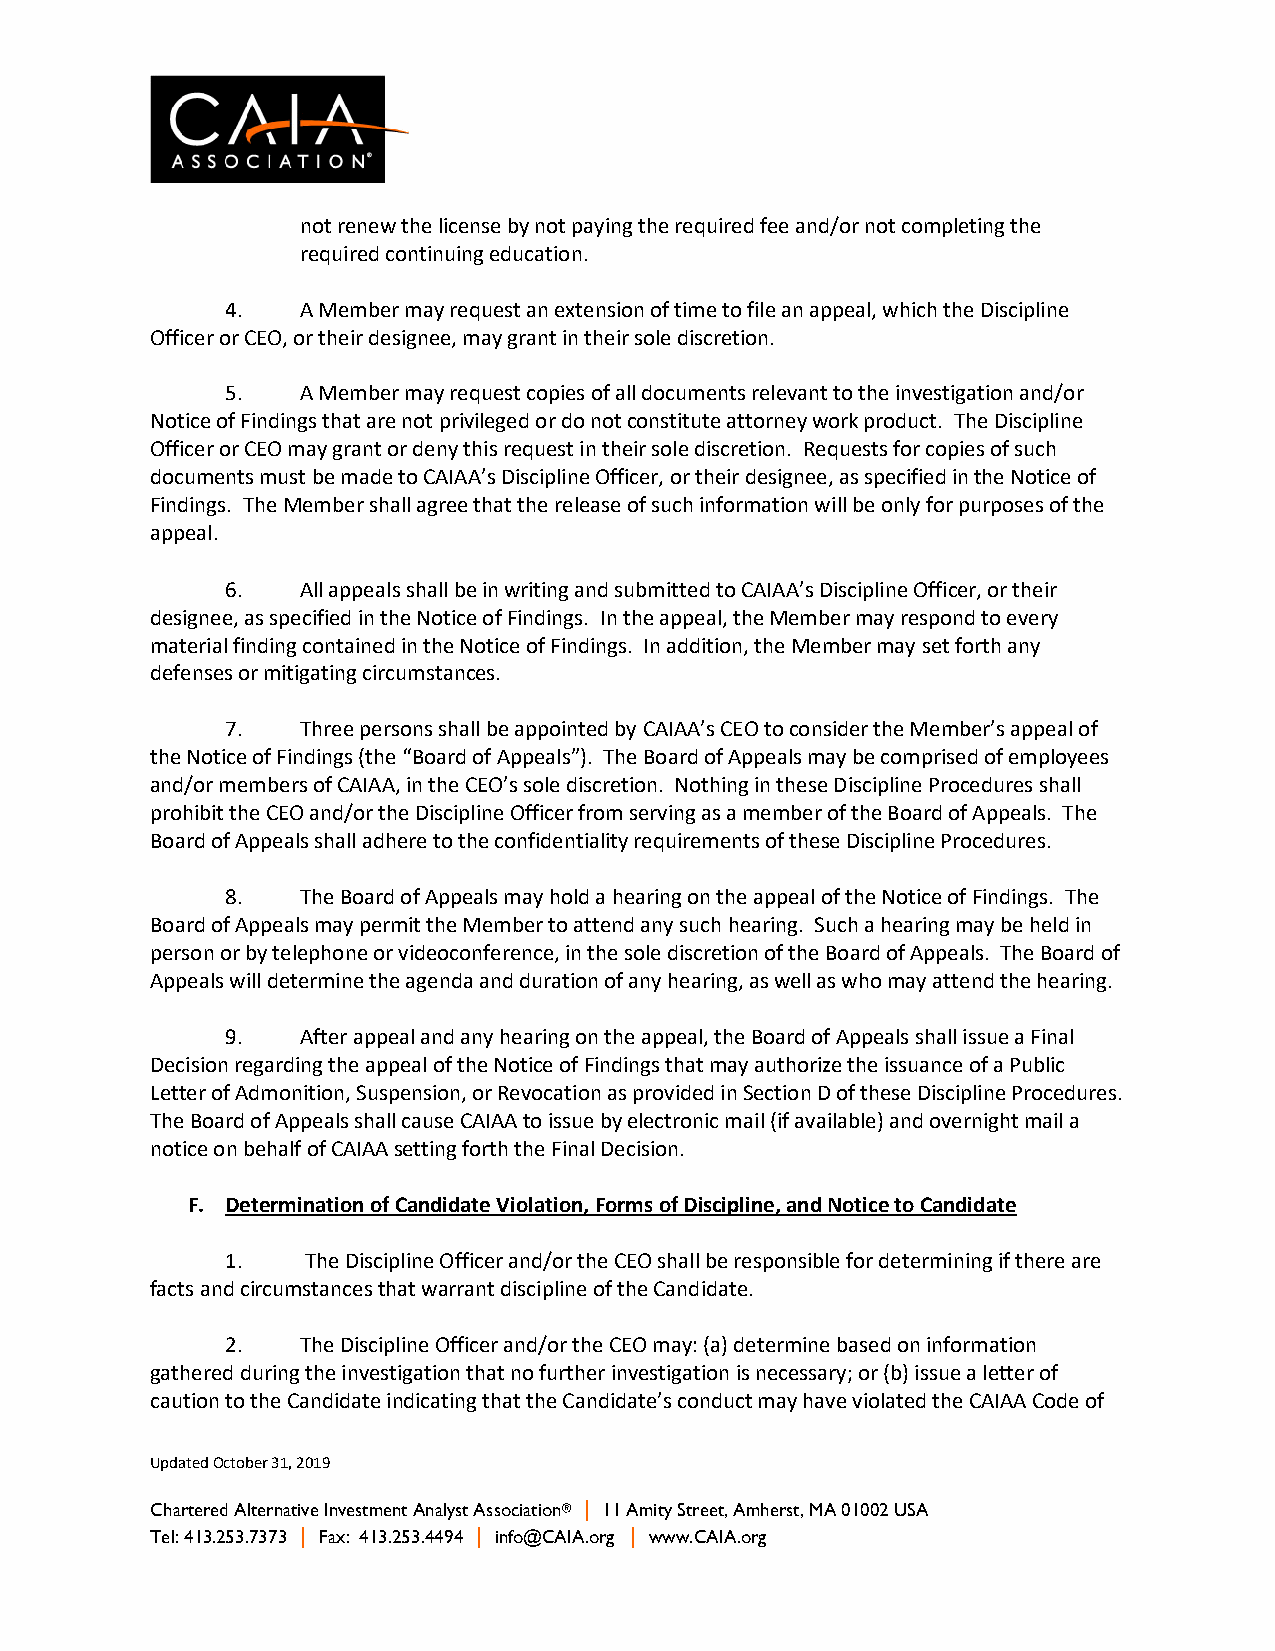
not renew the license by not paying the required fee and/or not completing the
 required continuing education.
 4.   A Member may request an extension of time to file an appeal, which the Discipline
 Officer or CEO, or their designee, may grant in their sole discretion.
 5.   A Member may request copies of all documents relevant to the investigation and/or
 Notice of Findings that are not privileged or do not constitute attorney work product. The Discipline
 Officer or CEO may grant or deny this request in their sole discretion. Requests for copies of such
 documents must be made to CAIAA’s Discipline Officer, or their designee, as specified in the Notice of
 Findings. The Member shall agree that the release of such information will be only for purposes of the
 appeal.
 6.   All appeals shall be in writing and submitted to CAIAA’s Discipline Officer, or their
 designee, as specified in the Notice of Findings. In the appeal, the Member may respond to every
 material finding contained in the Notice of Findings. In addition, the Member may set forth any
 defenses or mitigating circumstances.
 7.   Three persons shall be appointed by CAIAA’s CEO to consider the Member’s appeal of
 the Notice of Findings (the “Board of Appeals”). The Board of Appeals may be comprised of employees
 and/or members of CAIAA, in the CEO’s sole discretion. Nothing in these Discipline Procedures shall
 prohibit the CEO and/or the Discipline Officer from serving as a member of the Board of Appeals. The
 Board of Appeals shall adhere to the confidentiality requirements of these Discipline Procedures.
 8.   The Board of Appeals may hold a hearing on the appeal of the Notice of Findings. The
 Board of Appeals may permit the Member to attend any such hearing. Such a hearing may be held in
 person or by telephone or videoconference, in the sole discretion of the Board of Appeals. The Board of
 Appeals will determine the agenda and duration of any hearing, as well as who may attend the hearing.
 9.   After appeal and any hearing on the appeal, the Board of Appeals shall issue a Final
 Decision regarding the appeal of the Notice of Findings that may authorize the issuance of a Public
 Letter of Admonition, Suspension, or Revocation as provided in Section D of these Discipline Procedures.
 The Board of Appeals shall cause CAIAA to issue by electronic mail (if available) and overnight mail a
 notice on behalf of CAIAA setting forth the Final Decision.
 F. Determination of Candidate Violation, Forms of Discipline, and Notice to Candidate
 1.   The Discipline Officer and/or the CEO shall be responsible for determining if there are
 facts and circumstances that warrant discipline of the Candidate.
 2.   The Discipline Officer and/or the CEO may: (a) determine based on information
 gathered during the investigation that no further investigation is necessary; or (b) issue a letter of
 caution to the Candidate indicating that the Candidate’s conduct may have violated the CAIAA Code of
 Updated October 31, 2019
 Chartered Alternative Investment Analyst Association® | 11 Amity Street, Amherst, MA 01002 USA
 Tel: 413.253.7373 | Fax: 413.253.4494 | info@CAIA.org | www.CAIA.org